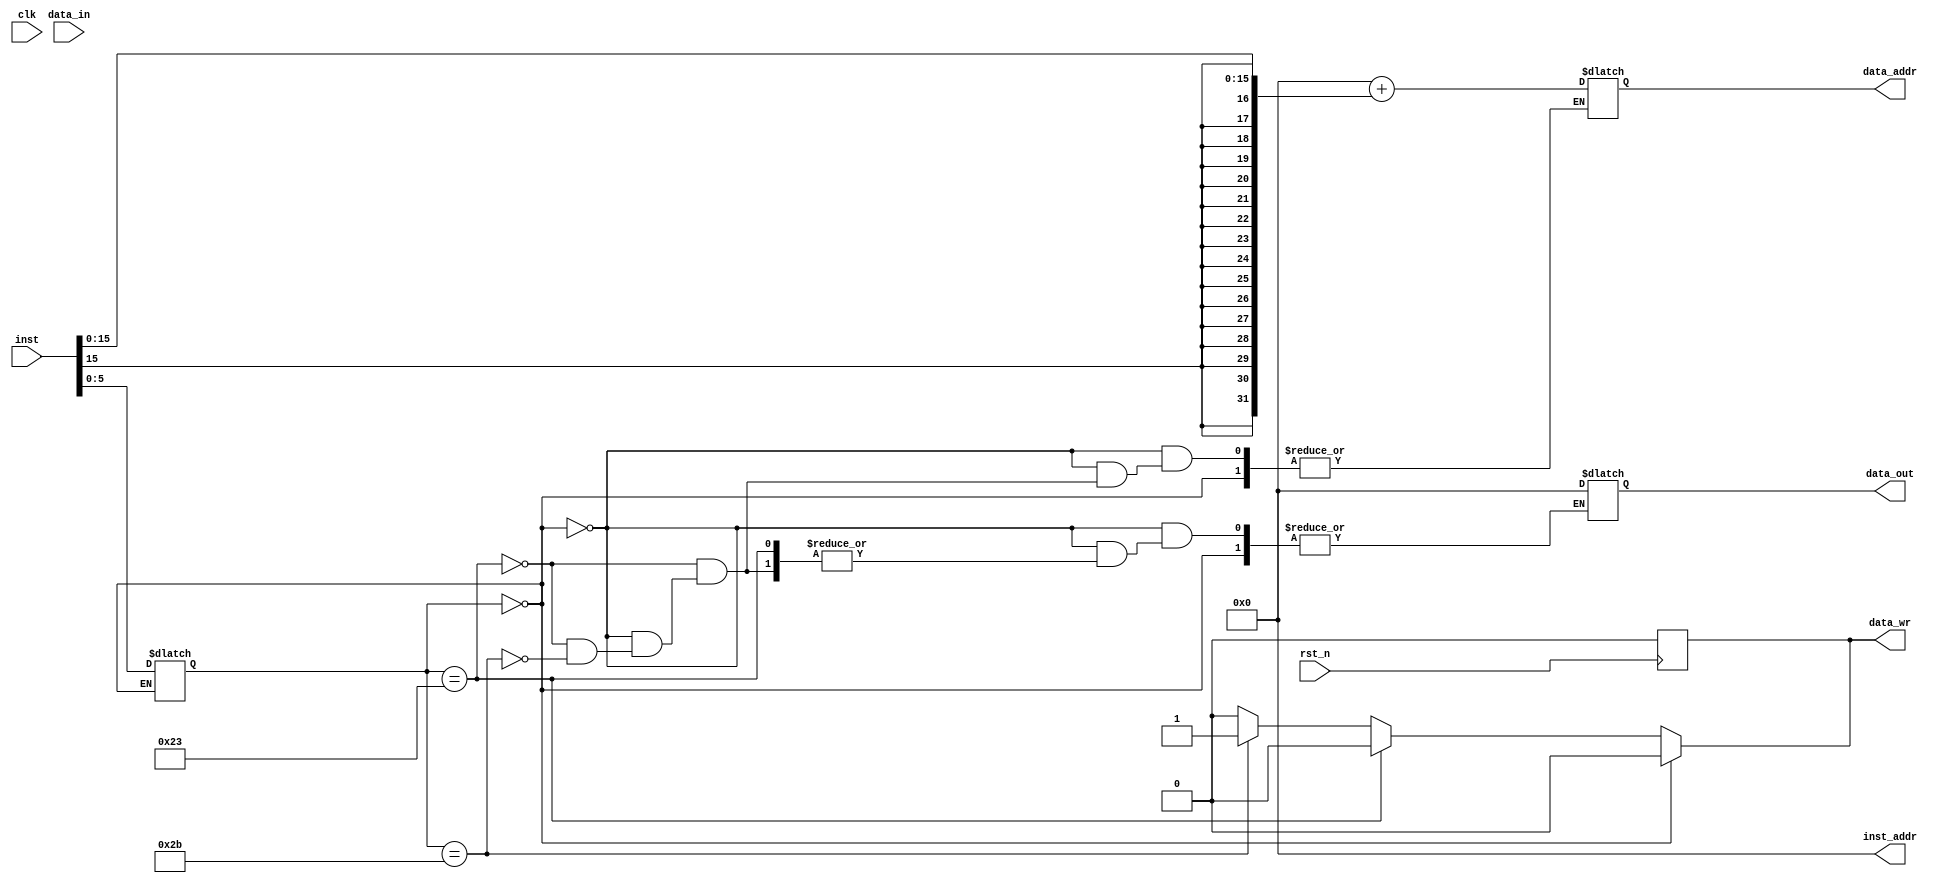
//BUSTY BITS
//Calalan, Sherwin
//Chua, Kyle
//Cruz, Miguel
//Tirona, Paul
`timescale 1ns/1ps
module single_cycle_mips(clk, rst_n, inst_addr, inst, data_addr, data_in, data_out, data_wr);

input wire clk, rst_n;
output reg [31:0] inst_addr;				//Program Counter
input wire [31:0] inst;						//Instruction opcode in binary
output reg [31:0] data_addr, data_out;		//Memory address na paglalagyan ng data; Data na iwriwrite to memory
input wire [31:0] data_in;					//Data na irearead from memory
output reg data_wr;							//Write enable

reg jump;
reg [5:0] opcode;
reg [4:0] indexS;
reg [4:0] indexT;
reg [4:0] indexD;
reg [31:0] imm;
reg [31:0] temp = 32'd0;
reg [31:0] registers [31:0];
integer ctr;
  
initial begin
	inst_addr <= 32'd0;
	data_wr <= 1'b0;
	
	for(ctr=0; ctr<32; ctr++) begin
		registers[ctr] <= 32'd0;
	end
	
	jump = 1'b0;
end

always @ (negedge rst_n) begin	//Reset trigger
	inst_addr <= 32'd0;
	
	for(ctr=0; ctr<32; ctr++) begin
		registers[ctr] <= 32'd0;
	end
	
	data_wr <= 1'b0;
	jump <= 1'b0;
end

always @ (negedge clk) begin	//Increment program counter after every clock cycle
	if(jump == 1'b0) begin
		inst_addr <= inst_addr + 32'd4;
	end
end

always @ (inst_addr) begin 		//Execute when clock is postive edge
	data_wr <= 1'b0;
	#1 opcode[5:0] <= inst[31:26];
	#1 indexS[4:0] <= inst[25:21];
	#1 indexT[4:0] <= inst[20:16];
	#1 indexD[4:0] <= inst[15:11];
	#1 imm = {inst[15], inst[15], inst[15], inst[15], inst[15], inst[15], inst[15], inst[15], inst[15], inst[15], inst[15], inst[15], inst[15], inst[15], inst[15], inst[15], inst[15:0]};

	//ADDITION/SUBTRACTION/SLT
	if(opcode == 6'b000000) begin
		opcode = inst[5:0];
		jump <= 1'b0;
		//ADD
		if(opcode == 6'b100000) begin
			registers[indexD] = registers[indexS] + registers[indexT];	
		end
		
		//SUB
		else if(opcode == 6'b100010) begin
			registers[indexD] = registers[indexS] - registers[indexT];
		end
		
		//SLT
		else if(opcode == 6'b101010) begin
			if(registers[indexS] > registers[indexT]) begin							
				registers[indexD] = 32'd1;  //set rd to 32'd1
			end
		
			else begin		
				registers[indexD] = 32'd0; //set rd to 32'd0
			end
		end
	end
	
	//LW
	else if(opcode == 6'b100011) begin
		temp = registers[indexS] + imm;
		data_addr = temp;
		#1 registers[indexT] = data_in;
		jump <= 1'b0;	
	end
	
	//SW
	else if(opcode == 6'b101011) begin
		temp = registers[indexS] + imm;
		data_addr = temp;
		data_out = registers[indexT];	
		#2 data_wr <= 1'b1;
		jump = 1'b0;		
	end
	
	//BEQ
	else if(opcode == 6'b000100) begin	
		if(registers[indexS] == registers[indexT]) begin
			inst_addr <= inst_addr + imm*4 + 32'd4;
			jump <= 1'b1;
		end
		
		else begin
			jump <= 1'b0;
		end		
	end
	
	//BNE
	else if(opcode == 6'b000101) begin
		if(registers[indexS] != registers[indexT]) begin
			inst_addr <= inst_addr + imm*4 + 32'd4;
			jump <= 1'b1;
		end
		
		else begin
			jump <= 1'b0;
		end		
	end	
end

endmodule